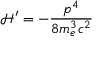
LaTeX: { \mathcal { H } } ^ { \prime } = - { \frac { p ^ { 4 } } { 8 m _ { e } ^ { 3 } c ^ { 2 } } }